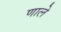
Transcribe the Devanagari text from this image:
णाले